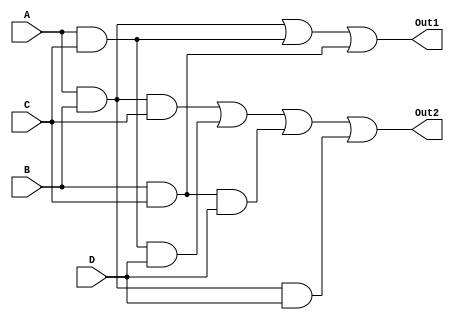
module majority(Out1, Out2, A, B, C, D);
// 3-bit Majority Circuit

input A, B, C;
output Out1;

assign Out1 = (A & B) | (A & C) | (B & C);

// 4-bit Majority Circuit

input D; // adding D as an input
output Out2;

assign Out2 = (A & B & C) | (A & C & D) | (B & C & D) | (A & B & D);

endmodule